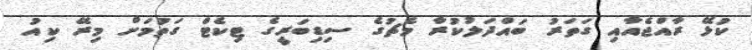
ކުޅޭ ރާއްޖެއާއި ގަތަރު ބައްދަލުކުރާ މެޗުގެ ސިޑިބަރީގެ ޓިކެޓް ގަތުމަށް މިރޭ ކިއު